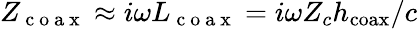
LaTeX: Z_{\mathrm{~c~o~a~x~}}\approx i\omega L_{\mathrm{~c~o~a~x~}}=i\omega Z_{c}h_{\mathrm{coax}}/c